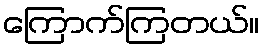
ကြောက်ကြတယ်။